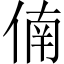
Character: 㑲